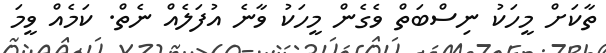
ތާކަށް މީހަކު ނިސްބަތް ވެގެން މީހަކު ވާނެ އުފަލެއް ނެތް. ކަމެއް ވީމަ